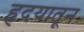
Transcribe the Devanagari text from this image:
हृदयातून